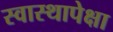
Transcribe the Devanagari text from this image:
स्वास्थापेक्षा